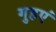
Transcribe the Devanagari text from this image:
गुहएं